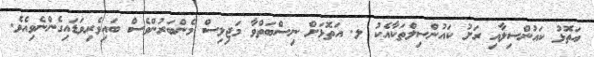
އަތޮޅު ކައުންސިލާއި ރަށު ކައުންސިލްތަކާއެކު ލ. އަތޮޅަށް ނިސްބަތްވާ މަޖިލިސް މެންބަރުންވެސް ބައިވެރިވަޑައިގެންނެވިއެވެ.